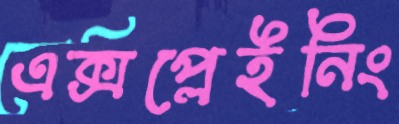
এক্সপ্লেইনিং